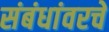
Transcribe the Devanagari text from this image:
संबंधांवरचे